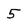
Character: 5